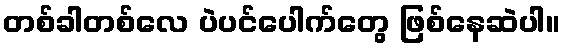
တစ်ခါတစ်လေ ပဲပင်ပေါက်တွေ ဖြစ်နေဆဲပါ။